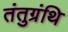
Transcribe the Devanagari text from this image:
तंतुग्रंथि